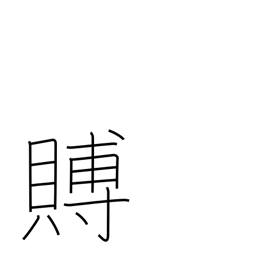
Meaning: condolence gift